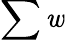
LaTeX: \sum\mathit{w}